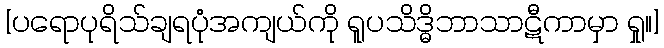
[ပရောပုရိသ်ချရပုံအကျယ်ကို ရူပသိဒ္ဓိဘာသာဋီကာမှာ ရှု။]